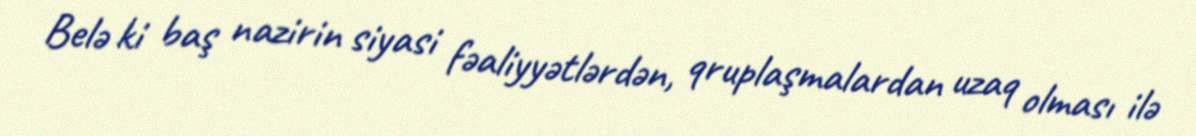
Belə ki baş nazirin siyasi fəaliyyətlərdən, qruplaşmalardan uzaq olması ilə